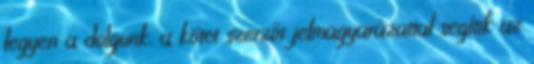
legyen a dolgunk, a kötet szerzői jelmagyarázattal segítik az